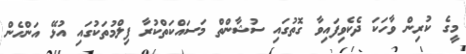
މީގެ ކުރިން ވާހަކަ ދެކެވިފައިވާ ގޮތުގައި ސުޝާންތް މަސައްކަތްކުރާ ފިލްމުތަކުގައި އުޅޭ އަންހެން